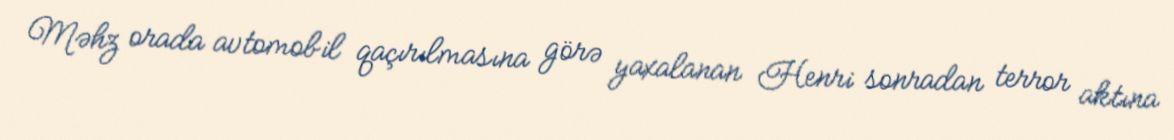
Məhz orada avtomobil qaçırılmasına görə yaxalanan Henri sonradan terror aktına